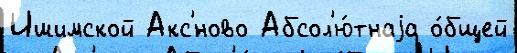
Ишимской Акс'́ново Абсол'ю́тнаjа о́бщей